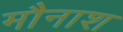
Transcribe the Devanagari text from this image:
मौनाश